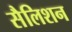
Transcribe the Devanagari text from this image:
सैलिशन